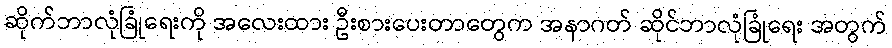
ဆိုက်ဘာလုံခြုံရေးကို အလေးထား ဦးစားပေးတာတွေက အနာဂတ် ဆိုင်ဘာလုံခြုံရေး အတွက်